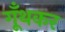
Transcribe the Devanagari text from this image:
गूँथकर